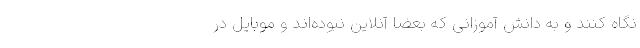
نگاه کنند و به دانش آموزانی که بعضا آنلاین نبوده‌اند و موبایل در